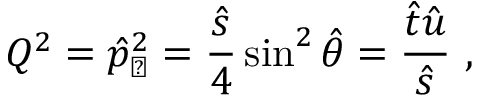
Q ^ { 2 } = \hat { p } _ { \perp } ^ { 2 } = \frac { \hat { s } } { 4 } \sin ^ { 2 } \hat { \theta } = \frac { \hat { t } \hat { u } } { \hat { s } } ~ ,